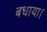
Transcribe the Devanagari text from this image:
बधाया।